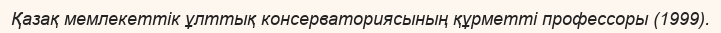
Қазақ мемлекеттік ұлттық консерваториясының құрметті профессоры (1999).